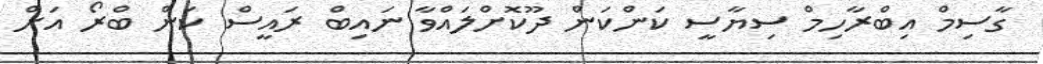
ގާސިމް އިބްރާހިމް ސިޔާސީ ކަންކަން ދޫކޮށްލައްވާ ނައިބް ރައީސް ކަން ބްރޯ އަށް